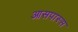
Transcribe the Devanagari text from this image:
आसपास्स